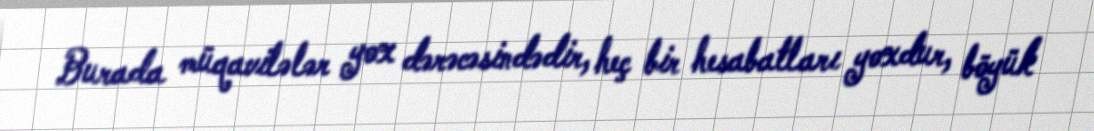
Burada müqavilələr yox dərəcəsindədir, heç bir hesabatları yoxdur, böyük